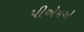
પીએમએ